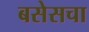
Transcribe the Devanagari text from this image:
बसेसचा